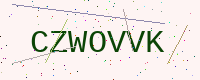
Text: CZWOVVK